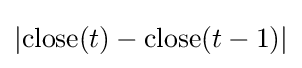
|{\text{close}}(t)-{\text{close}}(t-1)|